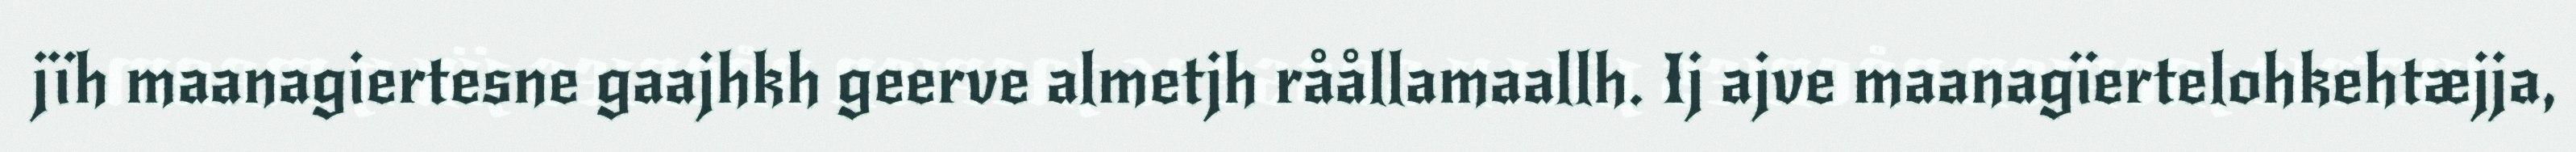
jïh maanagiertesne gaajhkh geerve almetjh råållamaallh. Ij ajve maanagïertelohkehtæjja,